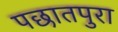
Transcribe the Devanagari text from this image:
पछातपुरा